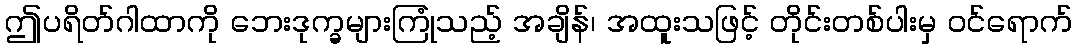
ဤပရိတ်ဂါထာကို ဘေးဒုက္ခများကြုံသည့် အချိန်၊ အထူးသဖြင့် တိုင်းတစ်ပါးမှ ဝင်ရောက်